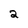
Character: 2